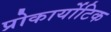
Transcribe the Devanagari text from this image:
प्रोकार्योटिक